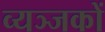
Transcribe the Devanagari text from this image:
व्यञ्जकों